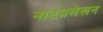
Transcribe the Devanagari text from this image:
नाटय़लेखन